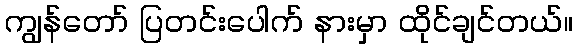
ကျွန်တော် ပြတင်းပေါက် နားမှာ ထိုင်ချင်တယ်။